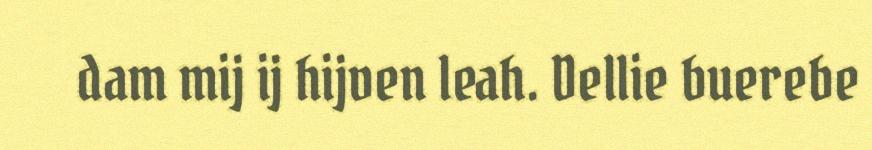
dam mij ij hijven leah. Dellie buerebe